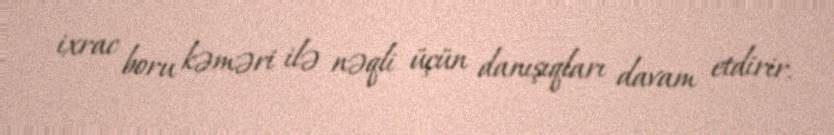
ixrac boru kəməri ilə nəqli üçün danışıqları davam etdirir.